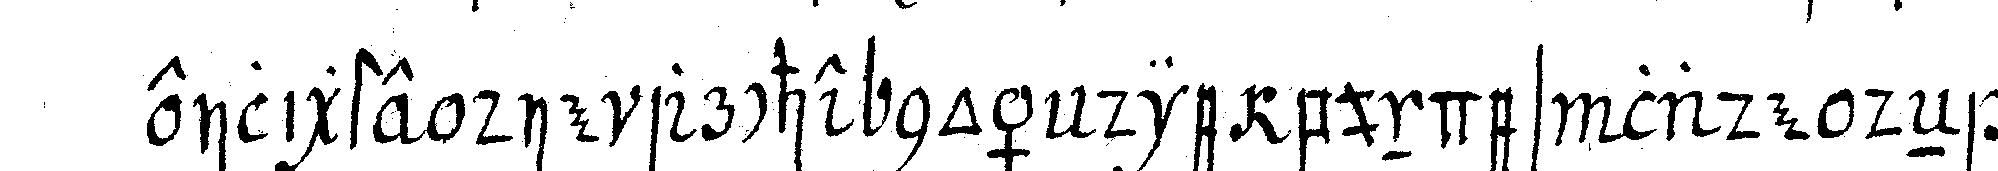
eiligste die arche noä die bundes lade deN